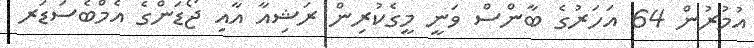
އުމުރުން 64 އަހަރުގެ ބާންސް ވަނީ މީގެކުރިން ރަޝިއާ އާއި ޖޯޑަންގެ އެމްބެސަޑަރ